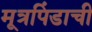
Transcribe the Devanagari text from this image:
मूत्रपिंडाची